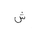
Letter: _shin